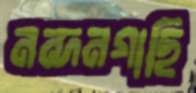
নন্দনগাছি